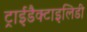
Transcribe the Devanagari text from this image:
ट्राईडैक्टाइलिडी